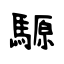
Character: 騵